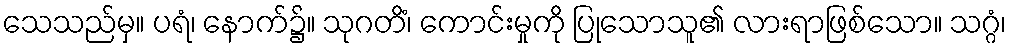
သေသည်မှ။ ပရံ၊ နောက်၌။ သုဂတိံ၊ ကောင်းမှုကို ပြုသောသူ၏ လားရာဖြစ်သော။ သဂ္ဂံ၊